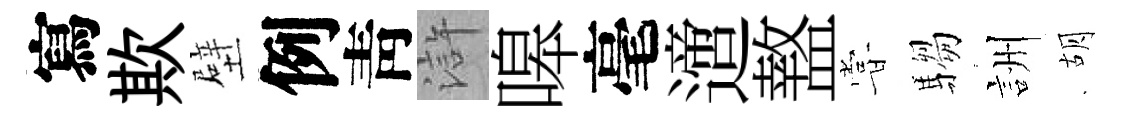
寫欺壁例靑滸嗥毫𨗁盩甞騶詶胡